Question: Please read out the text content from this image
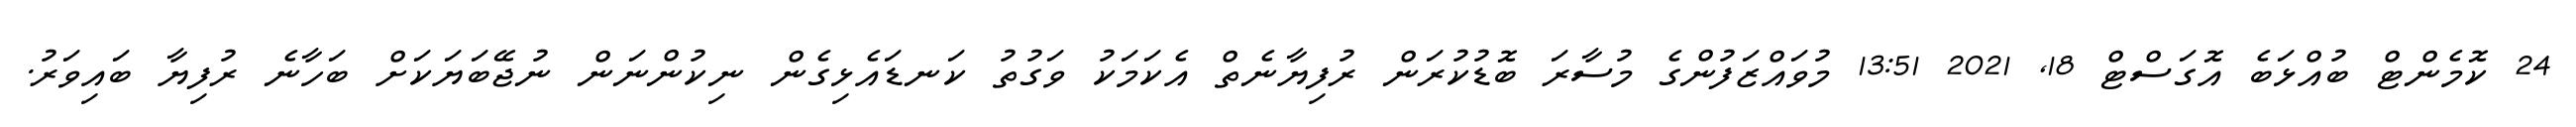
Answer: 24 ކޮމެންޓް ބުއްޅަބެ އޮގަސްޓް 18, 2021 13:51 މުވައްޒަފުންގެ މުސާރަ ބޮޑުކުރަން ރުފިޔާނެތް އެކަމަކު ވަގުތު ކަނޑައެޅިގެން ނިކުންނަން ނުޖޭބަޔަކަށް ބަހާނެ ރުފިޔާ ބައިވަރު.